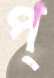
প্